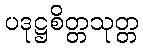
ပဒုဋ္ဌစိတ္တသုတ္တ